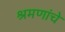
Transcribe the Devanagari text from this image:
श्रमणांचे